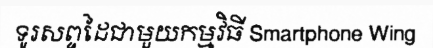
ទូរសព្ទដៃជាមួយកម្មវិធី Smartphone Wing